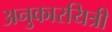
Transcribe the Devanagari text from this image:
अनुकारयित्री